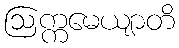
ဩက္ကမေယျာတိ